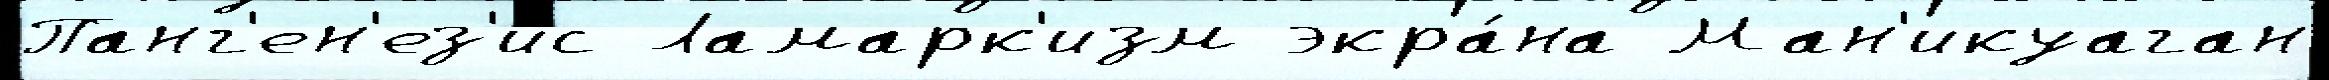
Панг'ен'ез'ис Ламарк'изм экра́на Ман'икуаган